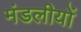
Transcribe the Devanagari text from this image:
मंडलीयों